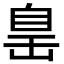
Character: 𦤍